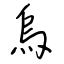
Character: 烏